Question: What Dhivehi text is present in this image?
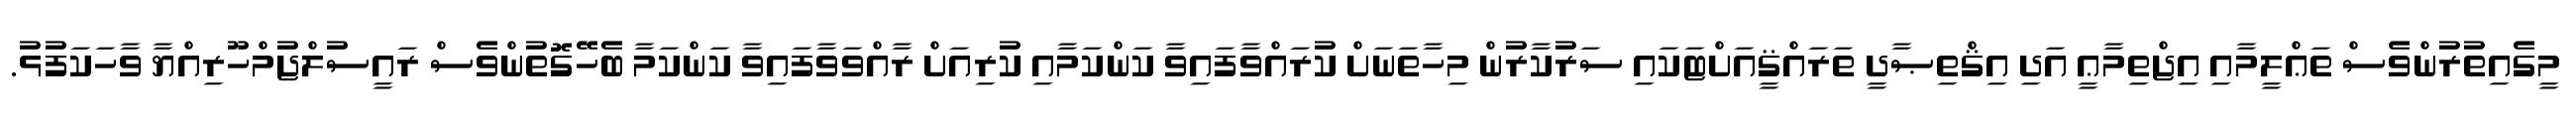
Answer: މީގެއިތުރުންވެސް ތަޢްލީމާއި އިޖްތިމާޢީ އަދި އިޤްތިޞާދީ ތަރައްޤީއަށްޓަކައި ސަރުކާރުން މިހާތަނަށް ކުރައްވާފައިވާ ކަންކަމާއި ކުރިއަށް ރާއްވަވާފައިވާ ކަންކަމާ ބެހޭގޮތުންވެސް ރައީސުލްޖުމްހޫރިއްޔާ ވާހަކަފުޅު.